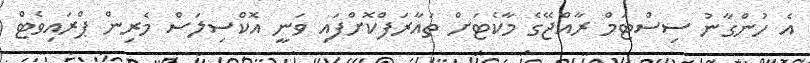
އެ ހުންގާނު ސިސްޓަމް ރާއްޖޭގެ މާކެޓަށް ތައާރަފްކޮށްފައި ވަނީ އޮކްސިލަސް މެރިން ޕްރައިވެޓް